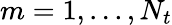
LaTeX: m=1,...,N_{t}